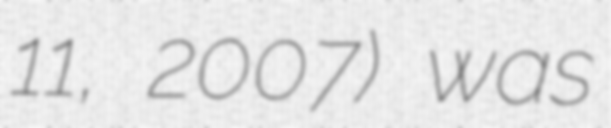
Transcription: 11, 2007) was